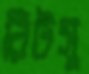
রিটসু